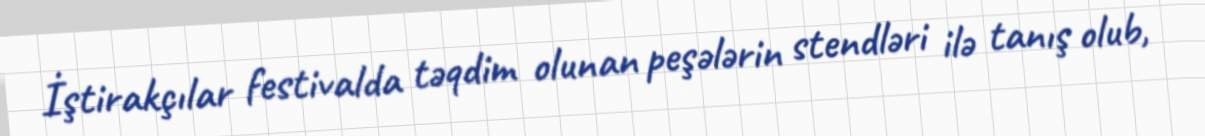
İştirakçılar festivalda təqdim olunan peşələrin stendləri ilə tanış olub,